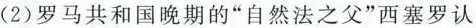
(2)罗马共和国晚期的”自然法之父”西塞罗认